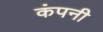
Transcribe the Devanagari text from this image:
कंपनी